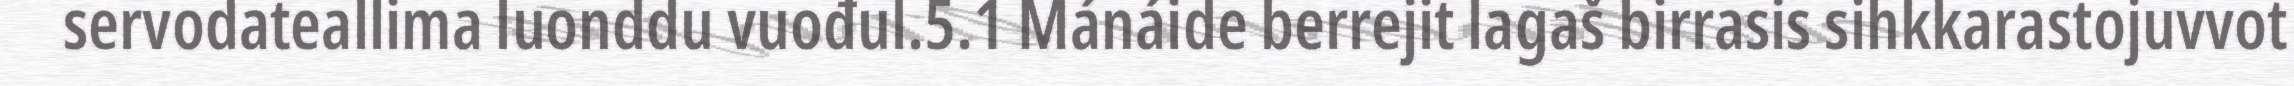
servodateallima luonddu vuođul.5.1 Mánáide berrejit lagaš birrasis sihkkarastojuvvot